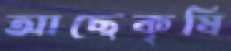
আছেকৃষি